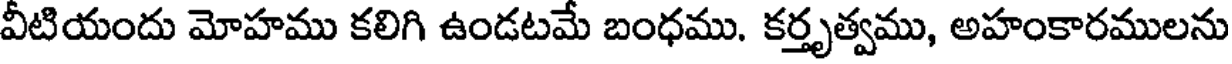
వీటియందు మోహము కలిగి ఉండటమే బంధము. కర్తృత్వము, అహంకారములను